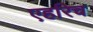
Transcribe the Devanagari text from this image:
एहरिच